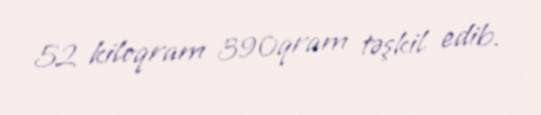
52 kiloqram 390qram təşkil edib.